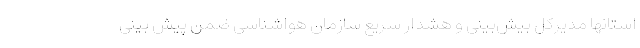
استانها مدیرکل بیش‌بینی و هشدار سریع سازمان هواشناسی ضمن پیش بینی